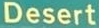
Desert